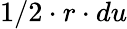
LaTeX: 1/2\cdot r\cdot du